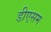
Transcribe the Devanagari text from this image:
डीएसम